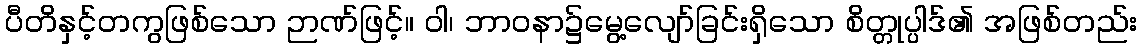
ပီတိနှင့်တကွဖြစ်သော ဉာဏ်ဖြင့်။ ဝါ၊ ဘာဝနာ၌မွေ့လျော်ခြင်းရှိသော စိတ္တုပ္ပါဒ်၏ အဖြစ်တည်း